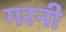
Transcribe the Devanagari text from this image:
गरनी